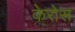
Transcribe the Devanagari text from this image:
केरोस